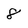
Character: 8